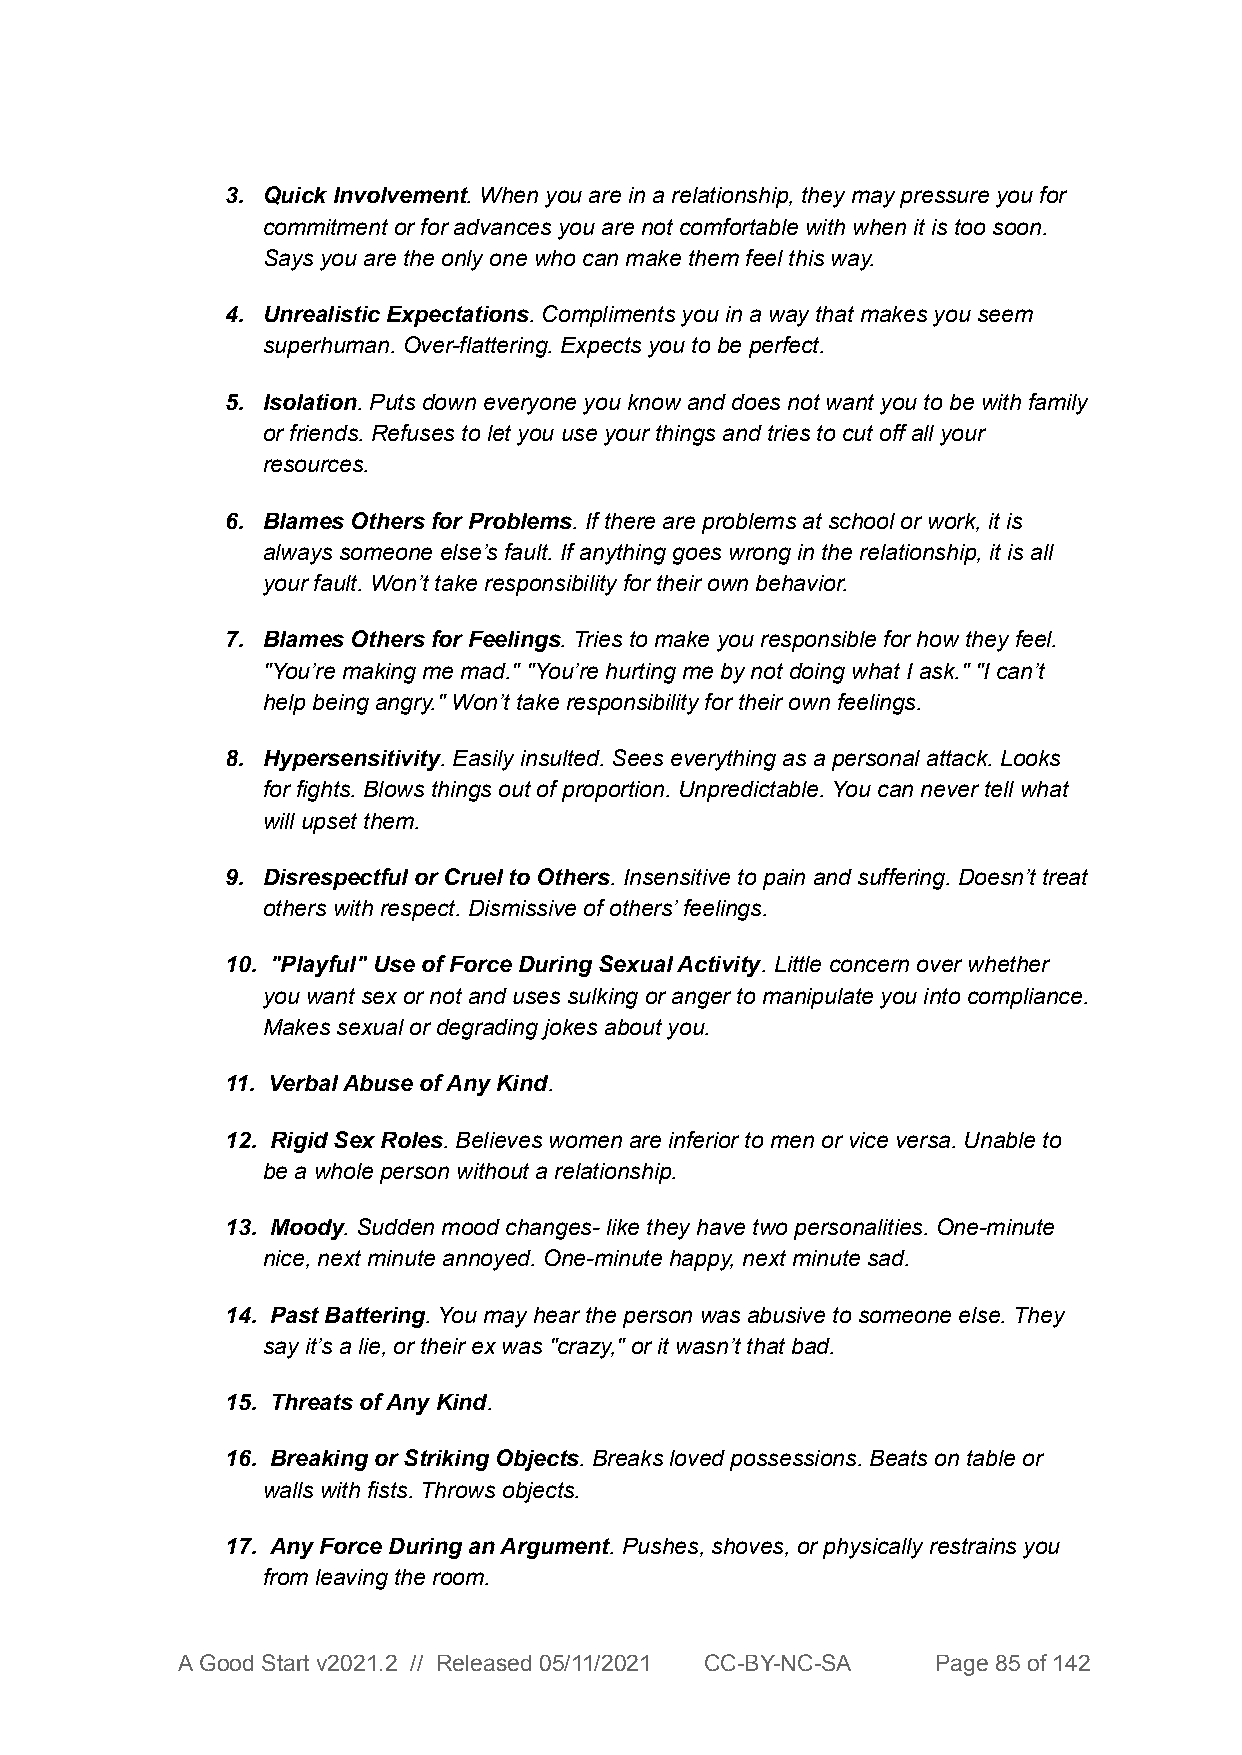
3. Quick Involvement. When you are in a relationship, they may pressure you for
 commitment or for advances you are not comfortable with when it is too soon.
 Says you are the only one who can make them feel this way.
 4. Unrealistic Expectations. Compliments you in a way that makes you seem
 superhuman. Over-flattering. Expects you to be perfect.
 5. Isolation. Puts down everyone you know and does not want you to be with family
 or friends. Refuses to let you use your things and tries to cut off all your
 resources.
 6. Blames Others for Problems. If there are problems at school or work, it is
 always someone else’s fault. If anything goes wrong in the relationship, it is all
 your fault. Won’t take responsibility for their own behavior.
 7. Blames Others for Feelings. Tries to make you responsible for how they feel.
 "You’re making me mad." "You’re hurting me by not doing what I ask." "I can’t
 help being angry." Won’t take responsibility for their own feelings.
 8. Hypersensitivity. Easily insulted. Sees everything as a personal attack. Looks
 for fights. Blows things out of proportion. Unpredictable. You can never tell what
 will upset them.
 9. Disrespectful or Cruel to Others. Insensitive to pain and suffering. Doesn’t treat
 others with respect. Dismissive of others’ feelings.
 10. "Playful" Use of Force During Sexual Activity. Little concern over whether
 you want sex or not and uses sulking or anger to manipulate you into compliance.
 Makes sexual or degrading jokes about you.
 11. Verbal Abuse of Any Kind.
 12. Rigid Sex Roles. Believes women are inferior to men or vice versa. Unable to
 be a whole person without a relationship.
 13. Moody. Sudden mood changes- like they have two personalities. One-minute
 nice, next minute annoyed. One-minute happy, next minute sad.
 14. Past Battering. You may hear the person was abusive to someone else. They
 say it’s a lie, or their ex was "crazy," or it wasn’t that bad.
 15. Threats of Any Kind.
 16. Breaking or Striking Objects. Breaks loved possessions. Beats on table or
 walls with fists. Throws objects.
 17. Any Force During an Argument. Pushes, shoves, or physically restrains you
 from leaving the room.
 A Good Start v2021.2 // Released 05/11/2021 CC-BY-NC-SA Page 85 of 142